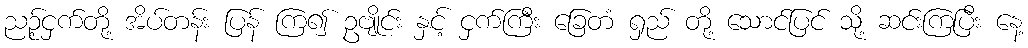
ညဉ့်ငှက်တို့ အိပ်တန်း ပြန် ကြ၍ ဥဗျိုင်း နှင့် ငှက်ကြီး ခြေတံ ရှည် တို့ သောင်ပြင် သို့ ဆင်းကြပြီး နေ့